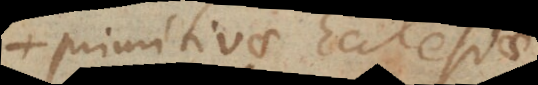
primitivae Ecclesiae